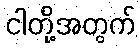
ငါတို့အတွက်